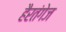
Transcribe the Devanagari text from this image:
हैरतंगेज